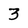
Character: 3